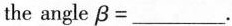
the angle \beta=___.